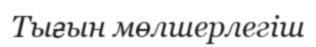
Тығын мөлшерлегіш